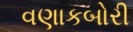
વણાકબોરી